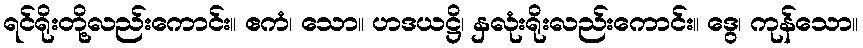
ရင်ရိုးတို့လည်းကောင်း။ ဧကံ၊ သော။ ဟဒယဋ္ဌိ၊ နှလုံးရိုးလည်းကောင်း။ ဒွေ၊ ကုန်သော။